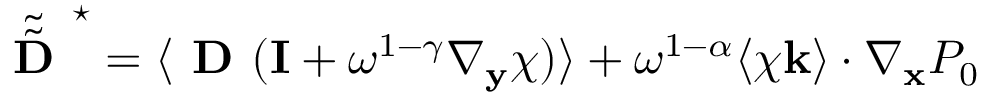
\tilde { \tilde { \textbf { D } } } ^ { \star } = \langle \textbf { D } ( \mathbf I + \omega ^ { 1 - \gamma } \nabla _ { \mathbf y } \boldsymbol { \chi } ) \rangle + \omega ^ { 1 - \alpha } \langle \boldsymbol { \chi } \mathbf k \rangle \cdot \nabla _ { \mathbf x } P _ { 0 }